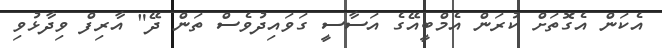
އެކަން އެގޮތަށް ކުރަން އެމްބީއޭގެ އަސާސީ ގަވައިދުވެސް ތަން ދޭ" އާރިފް ވިދާޅުވި